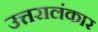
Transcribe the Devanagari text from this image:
उत्तरालंकार